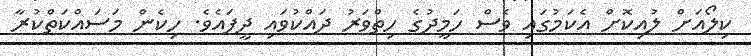
ކިލޯއަށް ލުއިކޮށް އެކަމުގައި ވެސް ހަމީދުގެ ހިތްވަރު ދައްކުވައި ދީފައެވެ. ހިކެން މަސައްކަތްކުރާ